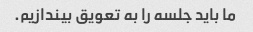
ما باید جلسه را به تعویق بیندازیم.